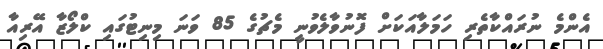
އެންމެ ނުރައްކާތެރި ހަމަލާއަކަށް ފޮނުވާލެވުނީ މެޗުގެ 85 ވަނަ މިނިޓުގައި ކްލޯޒާ އޭރިއާ